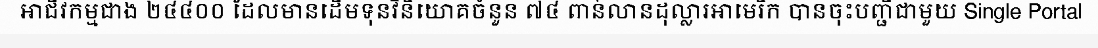
អាជីវកម្មជាង ២៤៤០០ ដែលមានដើមទុនវិនិយោគចំនួន ៧៤ ពាន់លានដុល្លារអាមេរិក បានចុះបញ្ជីជាមួយ Single Portal